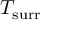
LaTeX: T _ { \mathrm { s u r r } }